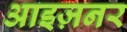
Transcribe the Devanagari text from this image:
आइज़नर